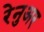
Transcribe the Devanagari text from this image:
रेनुअर